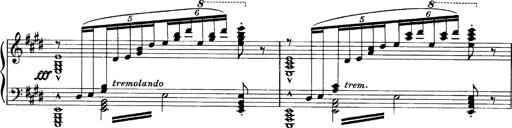
Title: OuvertÃ¼re zu TannhÃ¤user
Composer: Franz Liszt